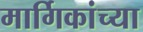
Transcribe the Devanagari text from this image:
मार्गिकांच्या